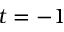
t = - 1